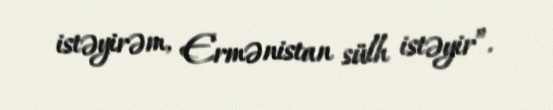
istəyirəm, Ermənistan sülh istəyir”.